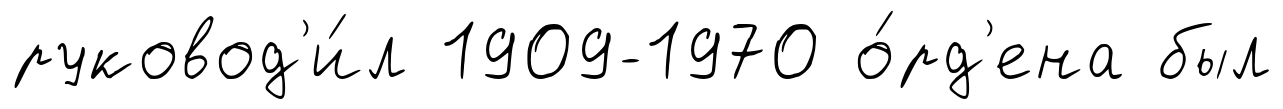
руковод'и́л 1909-1970 о́рд'ена был